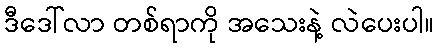
ဒီဒေါ်လာ တစ်ရာကို အသေးနဲ့ လဲပေးပါ။